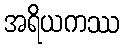
အရိယကဿ